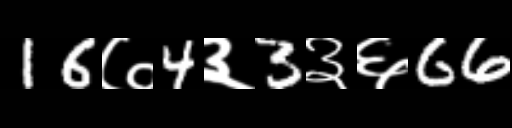
Text: 16७4३3३६66